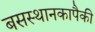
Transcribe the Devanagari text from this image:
बसस्थानकापैकी